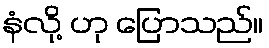
နံလို့ ဟု ပြောသည်။